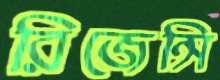
রিজেন্সি